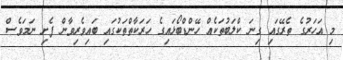
މި އަހަރުގެ ތެރޭގައި ގިނަ ކްލަބުތަކެއް ހޭންޑްބޯޅައިގެ ހަރަކާތްތަކުގައި ބައިވެރިވާން ފެށި ނަމަވެސް